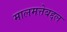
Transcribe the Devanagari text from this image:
मालमत्तेबद्दल